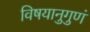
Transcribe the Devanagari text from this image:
विषयानुगुणं